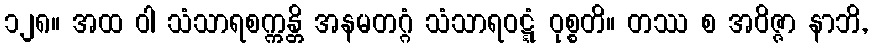
၁၂၈။ အထ ဝါ သံသာရစက္ကန္တိ အနမတဂ္ဂံ သံသာရဝဋ္ဋံ ဝုစ္စတိ။ တဿ စ အဝိဇ္ဇာ နာဘိ,